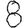
Digit: 8